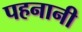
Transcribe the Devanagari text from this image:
पहनानी